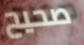
صحيح